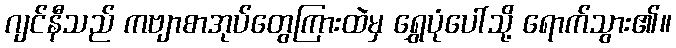
ဂျင်နီသည် ကဗျာစာအုပ်တွေကြားထဲမှ ရွှေပုံပေါ်သို့ ရောက်သွား၏။